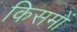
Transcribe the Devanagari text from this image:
किसमों